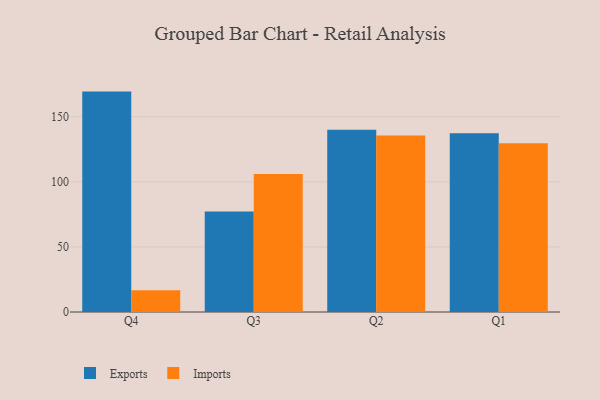
{"axis": {"x": "Quarter", "y": "Active Users"}, "legend": ["Exports", "Imports"], "data": [{"x": "Q4", "y": 169.3, "type": "Exports"}, {"x": "Q4", "y": 16.8, "type": "Imports"}, {"x": "Q3", "y": 77.2, "type": "Exports"}, {"x": "Q3", "y": 106.0, "type": "Imports"}, {"x": "Q2", "y": 140.0, "type": "Exports"}, {"x": "Q2", "y": 135.5, "type": "Imports"}, {"x": "Q1", "y": 137.4, "type": "Exports"}, {"x": "Q1", "y": 129.7, "type": "Imports"}]}